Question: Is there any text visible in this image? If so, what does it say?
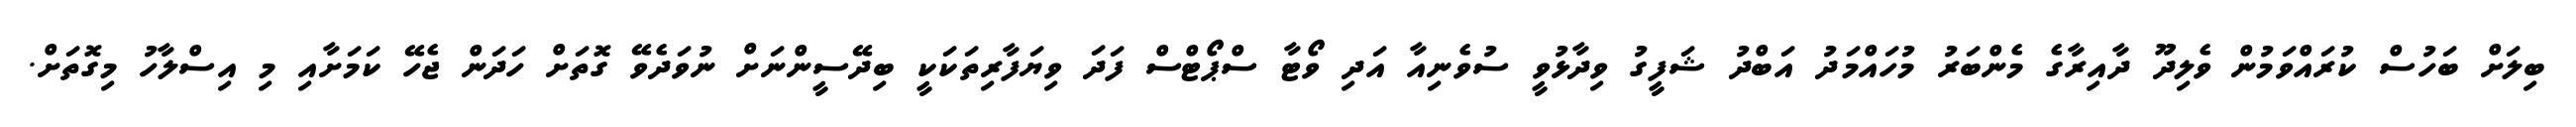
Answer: ބިލަށް ބަހުސް ކުރައްވަމުން ވެލިދޫ ދާއިރާގެ މެންބަރު މުހައްމަދު އަބްދު ޝަފީގު ވިދާޅުވީ ސުވެނިއާ އަދި ވޯޓާ ސްޕޯޓްސް ފަދަ ވިޔަފާރިތަކަކީ ބިދޭސީންނަށް ނުވަދެވޭ ގޮތަށް ހަދަން ޖެހޭ ކަމަށާއި މި އިސްލާހު މިގޮތަށް.